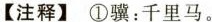
【注释】①骥：千里马。